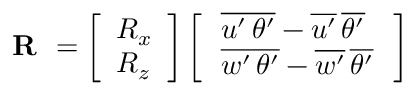
\textbf { R } = \left[ \begin{array} { l } { R _ { x } } \\ { R _ { z } } \end{array} \right] \left[ \begin{array} { l } { \, \overline { { { u ^ { \prime } \, \theta ^ { \prime } } } } - \overline { { { u ^ { \prime } } } } \, \overline { { { \theta ^ { \prime } } } } \, } \\ { \, \overline { { { w ^ { \prime } \, \theta ^ { \prime } } } } - \overline { { { w ^ { \prime } } } } \, \overline { { { \theta ^ { \prime } } } } \, } \end{array} \right]